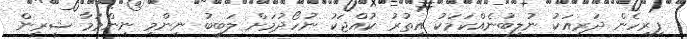
ފިރިހެން ދަރިއަކު ނުލިބުނެއްކަމަކު އިތުރު ކުއްޖަކު ނުހޯދުމަށް ލަބީބު ނިންމި ނިންމުމާ ޝީރީން